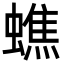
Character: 蟭